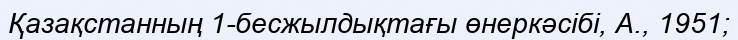
Қазақстанның 1-бесжылдықтағы өнеркәсібі, А., 1951;